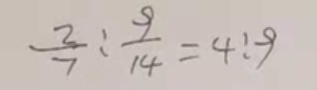
\frac { 2 } { 7 } : \frac { 9 } { 1 4 } = 4 : 9